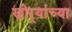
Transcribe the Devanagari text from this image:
खोर्‍यांच्या